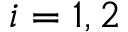
i = 1 , 2